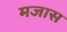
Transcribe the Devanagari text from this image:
मजास